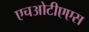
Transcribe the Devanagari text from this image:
एचओटीएएस